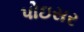
પોઇસર